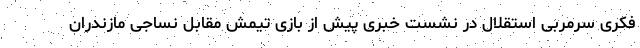
فکری سرمربی استقلال در نشست خبری پیش از بازی تیمش مقابل نساجی مازندران